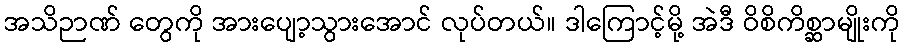
အသိဉာဏ် တွေကို အားပျော့သွားအောင် လုပ်တယ်။ ဒါကြောင့်မို့ အဲဒီ ဝိစိကိစ္ဆာမျိုးကို